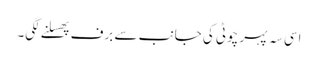
اسی سہ پہر چوٹی کی جانب سے برف پھسلنے لگی۔